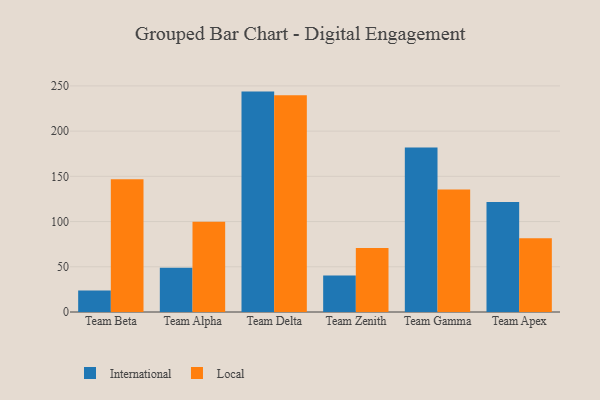
{"axis": {"x": "Team", "y": "Customer Acquisition Cost (USD)"}, "legend": ["International", "Local"], "data": [{"x": "Team Beta", "y": 23.7, "type": "International"}, {"x": "Team Beta", "y": 146.9, "type": "Local"}, {"x": "Team Alpha", "y": 48.8, "type": "International"}, {"x": "Team Alpha", "y": 99.8, "type": "Local"}, {"x": "Team Delta", "y": 243.7, "type": "International"}, {"x": "Team Delta", "y": 239.7, "type": "Local"}, {"x": "Team Zenith", "y": 40.4, "type": "International"}, {"x": "Team Zenith", "y": 70.7, "type": "Local"}, {"x": "Team Gamma", "y": 181.8, "type": "International"}, {"x": "Team Gamma", "y": 135.4, "type": "Local"}, {"x": "Team Apex", "y": 121.7, "type": "International"}, {"x": "Team Apex", "y": 81.5, "type": "Local"}]}